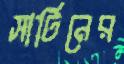
সার্টিনের